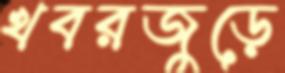
খবরজুড়ে